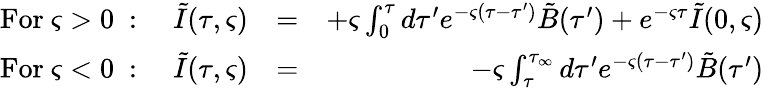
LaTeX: \begin{array}{rlr}{\mathrm{For~\varsigma>0~}:\quad\tilde{I}(\tau,\varsigma)}&{=}&{+\varsigma\int_{0}^{\tau}d\tau^{\prime}e^{-\varsigma(\tau-\tau^{\prime})}\tilde{B}(\tau^{\prime})+e^{-\varsigma\tau}\tilde{I}(0,\varsigma)}\\ {\mathrm{For~\varsigma<0~}:\quad\tilde{I}(\tau,\varsigma)}&{=}&{-\varsigma\int_{\tau}^{\tau_{\infty}}d\tau^{\prime}e^{-\varsigma(\tau-\tau^{\prime})}\tilde{B}(\tau^{\prime})}\end{array}